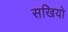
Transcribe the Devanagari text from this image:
सखियो